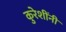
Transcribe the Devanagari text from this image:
कुरेशींनी